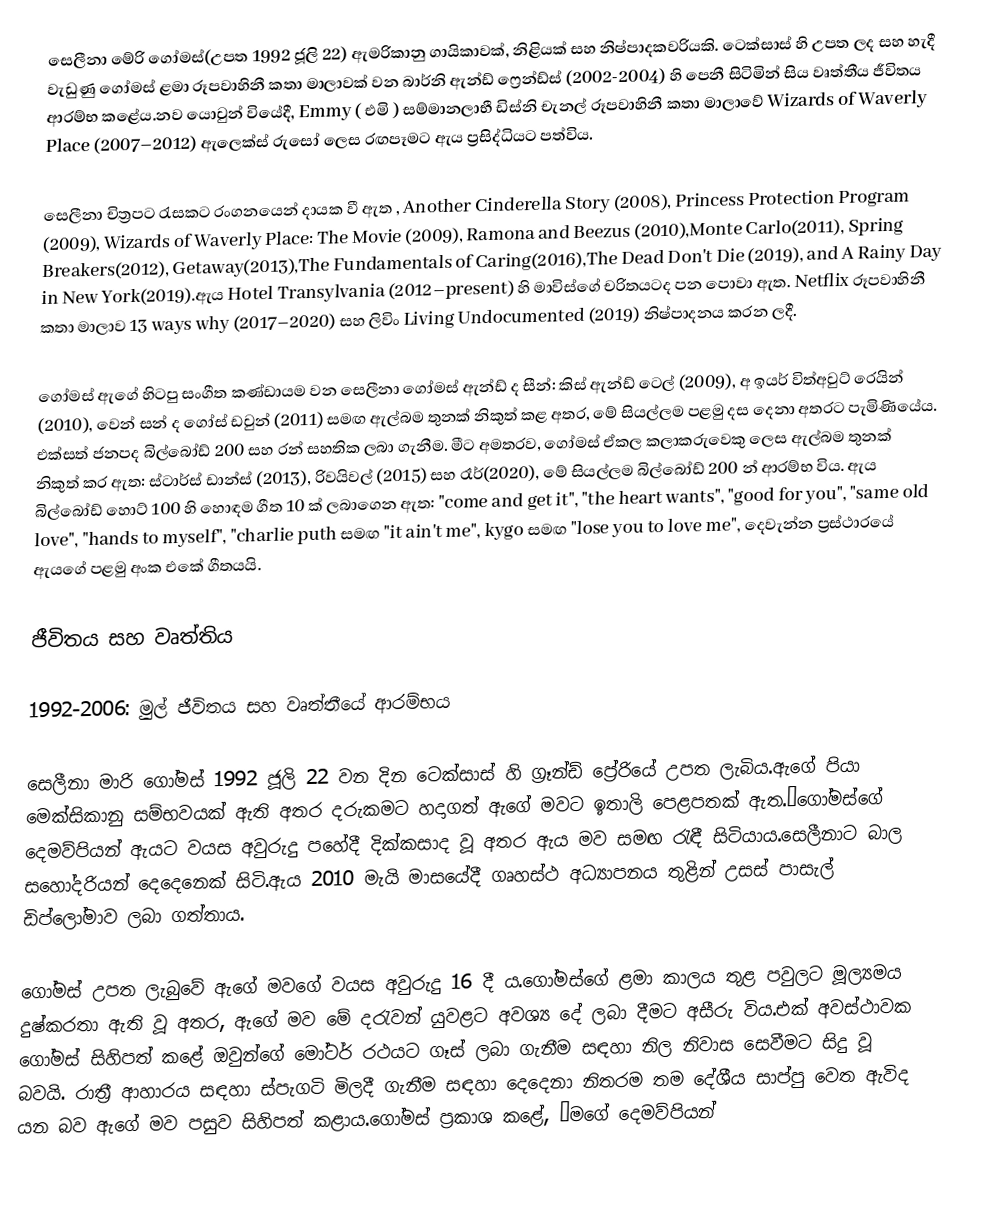
සෙලීනා මේරි ගෝමස්(උපත 1992 ජූලි 22) ඇමරිකානු ගායිකාවක්, නිළියක් සහ නිෂ්පාදකවරියකි. ටෙක්සාස් හි උපත ලද සහ හැදී වැඩුණු ගෝමස් ළමා රූපවාහිනී කතා මාලාවක් වන බාර්නි ඇන්ඩ් ෆ්‍රෙන්ඩ්ස් (2002-2004) හි පෙනී සිටිමින් සිය වෘත්තීය ජීවිතය ආරම්භ කළේය.නව යොවුන් වියේදී, Emmy  ( එමි ) සම්මානලාභී ඩිස්නි චැනල් රූපවාහිනී කතා මාලාවේ Wizards of Waverly Place (2007–2012) ඇලෙක්ස් රුසෝ ලෙස රඟපෑමට ඇය ප්‍රසිද්ධියට පත්විය.

සෙලීනා චිත්‍රපට රැසකට රංගනයෙන් දායක වී ඇත , Another Cinderella Story (2008), Princess Protection Program (2009), Wizards of Waverly Place: The Movie (2009), Ramona and Beezus (2010),Monte Carlo(2011), Spring Breakers(2012), Getaway(2013),The Fundamentals of Caring(2016),The Dead Don't Die (2019), and A Rainy Day in New York(2019).ඇය Hotel Transylvania (2012–present) හි මාවිස්ගේ චරිතයටද පන පොවා ඇත. Netflix රූපවාහිනී කතා මාලාව 13 ways why (2017–2020) සහ ලිවිං Living Undocumented (2019) නිෂ්පාදනය කරන ලදී.

ගෝමස් ඇගේ හිටපු සංගීත කණ්ඩායම වන සෙලීනා ගෝමස් ඇන්ඩ් ද සීන්: කිස් ඇන්ඩ් ටෙල් (2009), අ ඉයර් විත්අවුට් රෙයින් (2010), වෙන් සන් ද ගෝස් ඩවුන් (2011) සමඟ ඇල්බම තුනක් නිකුත් කළ අතර, මේ සියල්ලම පළමු දස දෙනා අතරට පැමිණියේය.  එක්සත් ජනපද බිල්බෝඩ් 200 සහ රන් සහතික ලබා ගැනීම. මීට අමතරව, ගෝමස් ඒකල කලාකරුවෙකු ලෙස ඇල්බම තුනක් නිකුත් කර ඇත: ස්ටාර්ස් ඩාන්ස් (2013), රිවයිවල් (2015) සහ  රෑර්(2020), මේ සියල්ලම බිල්බෝඩ් 200 න් ආරම්භ විය. ඇය බිල්බෝඩ් හොට් 100 හි හොඳම ගීත 10 ක් ලබාගෙන ඇත: "come and get it", "the heart wants", "good for you", "same old love", "hands to myself", "charlie puth සමඟ "it ain't me", kygo සමඟ "lose you to love me", දෙවැන්න ප්‍රස්ථාරයේ ඇයගේ පළමු අංක එකේ ගීතයයි.

ජීවිතය සහ වෘත්තිය

1992-2006: මුල් ජීවිතය සහ වෘත්තීයේ ආරම්භය

සෙලීනා මාරි ගෝමස් 1992 ජූලි 22 වන දින ටෙක්සාස් හි ග්‍රෑන්ඩ් ප්‍රේරියේ උපත ලැබිය.ඇගේ පියා මෙක්සිකානු සම්භවයක් ඇති අතර දරුකමට හදාගත් ඇගේ මවට ඉතාලි පෙළපතක් ඇත.”ගෝමස්ගේ දෙමව්පියන් ඇයට වයස අවුරුදු පහේදී දික්කසාද වූ අතර ඇය මව සමඟ රැඳී සිටියාය.සෙලීනාට බාල සහෝදරියන් දෙදෙනෙක් සිටි.ඇය 2010 මැයි මාසයේදී ගෘහස්ථ අධ්‍යාපනය තුළින් උසස් පාසැල් ඩිප්ලෝමාව ලබා ගත්තාය.

ගෝමස් උපත ලැබුවේ ඇගේ මවගේ වයස අවුරුදු 16 දී ය.ගෝමස්ගේ ළමා කාලය තුළ පවුලට මූල්‍යමය දුෂ්කරතා ඇති වූ අතර, ඇගේ මව මේ දරැවන් යුවළට අවශ්‍ය දේ ලබා දීමට අසීරු විය.එක් අවස්ථාවක ගෝමස් සිහිපත් කළේ ඔවුන්ගේ මෝටර් රථයට ගෑස් ලබා ගැනීම සඳහා නිල නිවාස සෙවීමට සිදු වූ බවයි. රාත්‍රී ආහාරය සඳහා ස්පැගටි මිලදී ගැනීම සඳහා දෙදෙනා නිතරම තම දේශීය සාප්පු වෙත ඇවිද යන බව ඇගේ මව පසුව සිහිපත් කළාය.ගෝමස් ප්‍රකාශ කළේ, “මගේ දෙමව්පියන්